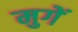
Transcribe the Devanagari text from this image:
मुगें